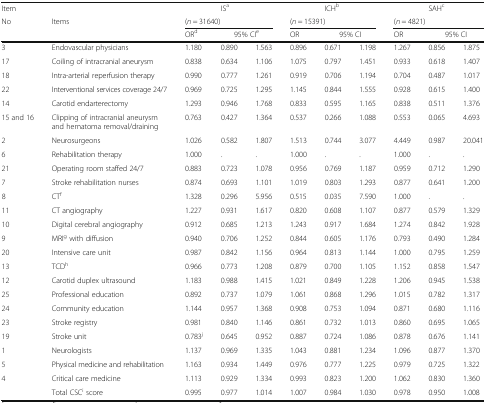
<table><thead><tr><td><b>Item</b></td><td></td><td></td><td><b>IS<sup>a</sup></b></td><td></td><td></td><td><b>ICH<sup>b</sup></b></td><td></td><td></td><td><b>SAH<sup>c</sup></b></td><td></td></tr><tr><td><b>No</b></td><td><b>Items</b></td><td colspan="3"><b>(<i>n</i> = 31640)</b></td><td colspan="3"><b>(<i>n</i> = 15391)</b></td><td colspan="3"><b>(<i>n</i> = 4821)</b></td></tr><tr><td></td><td></td><td><b>OR<sup>d</sup></b></td><td colspan="2"><b>95% CI<sup>e</sup></b></td><td><b>OR</b></td><td colspan="2"><b>95% CI</b></td><td><b>OR</b></td><td colspan="2"><b>95% CI</b></td></tr></thead><tbody><tr><td>3</td><td>Endovascular physicians</td><td>1.180</td><td>0.890</td><td>1.563</td><td>0.896</td><td>0.671</td><td>1.198</td><td>1.267</td><td>0.856</td><td>1.875</td></tr><tr><td>17</td><td>Coiling of intracranial aneurysm</td><td>0.838</td><td>0.634</td><td>1.106</td><td>1.075</td><td>0.797</td><td>1.451</td><td>0.933</td><td>0.618</td><td>1.407</td></tr><tr><td>18</td><td>Intra-arterial reperfusion therapy</td><td>0.990</td><td>0.777</td><td>1.261</td><td>0.919</td><td>0.706</td><td>1.194</td><td>0.704</td><td>0.487</td><td>1.017</td></tr><tr><td>22</td><td>Interventional services coverage 24/7</td><td>0.969</td><td>0.725</td><td>1.295</td><td>1.145</td><td>0.844</td><td>1.555</td><td>0.928</td><td>0.615</td><td>1.400</td></tr><tr><td>14</td><td>Carotid endarterectomy</td><td>1.293</td><td>0.946</td><td>1.768</td><td>0.833</td><td>0.595</td><td>1.165</td><td>0.838</td><td>0.511</td><td>1.376</td></tr><tr><td>15 and 16</td><td>Clipping of intracranial aneurysm and hematoma removal/draining</td><td>0.763</td><td>0.427</td><td>1.364</td><td>0.537</td><td>0.266</td><td>1.088</td><td>0.553</td><td>0.065</td><td>4.693</td></tr><tr><td>2</td><td>Neurosurgeons</td><td>1.026</td><td>0.582</td><td>1.807</td><td>1.513</td><td>0.744</td><td>3.077</td><td>4.449</td><td>0.987</td><td>20.041</td></tr><tr><td>6</td><td>Rehabilitation therapy</td><td>1.000</td><td>.</td><td>.</td><td>1.000</td><td>.</td><td>.</td><td>1.000</td><td>.</td><td>.</td></tr><tr><td>21</td><td>Operating room staffed 24/7</td><td>0.883</td><td>0.723</td><td>1.078</td><td>0.956</td><td>0.769</td><td>1.187</td><td>0.959</td><td>0.712</td><td>1.290</td></tr><tr><td>7</td><td>Stroke rehabilitation nurses</td><td>0.874</td><td>0.693</td><td>1.101</td><td>1.019</td><td>0.803</td><td>1.293</td><td>0.877</td><td>0.641</td><td>1.200</td></tr><tr><td>8</td><td>CT<sup>f</sup></td><td>1.328</td><td>0.296</td><td>5.956</td><td>0.515</td><td>0.035</td><td>7.590</td><td>1.000</td><td>.</td><td>.</td></tr><tr><td>11</td><td>CT angiography</td><td>1.227</td><td>0.931</td><td>1.617</td><td>0.820</td><td>0.608</td><td>1.107</td><td>0.877</td><td>0.579</td><td>1.329</td></tr><tr><td>10</td><td>Digital cerebral angiography</td><td>0.912</td><td>0.685</td><td>1.213</td><td>1.243</td><td>0.917</td><td>1.684</td><td>1.274</td><td>0.842</td><td>1.928</td></tr><tr><td>9</td><td>MRI<sup>g</sup> with diffusion</td><td>0.940</td><td>0.706</td><td>1.252</td><td>0.844</td><td>0.605</td><td>1.176</td><td>0.793</td><td>0.490</td><td>1.284</td></tr><tr><td>20</td><td>Intensive care unit</td><td>0.987</td><td>0.842</td><td>1.156</td><td>0.964</td><td>0.813</td><td>1.144</td><td>1.000</td><td>0.795</td><td>1.259</td></tr><tr><td>13</td><td>TCD<sup>h</sup></td><td>0.966</td><td>0.773</td><td>1.208</td><td>0.879</td><td>0.700</td><td>1.105</td><td>1.152</td><td>0.858</td><td>1.547</td></tr><tr><td>12</td><td>Carotid duplex ultrasound</td><td>1.183</td><td>0.988</td><td>1.415</td><td>1.021</td><td>0.849</td><td>1.228</td><td>1.206</td><td>0.945</td><td>1.538</td></tr><tr><td>25</td><td>Professional education</td><td>0.892</td><td>0.737</td><td>1.079</td><td>1.061</td><td>0.868</td><td>1.296</td><td>1.015</td><td>0.782</td><td>1.317</td></tr><tr><td>24</td><td>Community education</td><td>1.144</td><td>0.957</td><td>1.368</td><td>0.908</td><td>0.753</td><td>1.094</td><td>0.871</td><td>0.680</td><td>1.116</td></tr><tr><td>23</td><td>Stroke registry</td><td>0.981</td><td>0.840</td><td>1.146</td><td>0.861</td><td>0.732</td><td>1.013</td><td>0.860</td><td>0.695</td><td>1.065</td></tr><tr><td>19</td><td>Stroke unit</td><td>0.783<sup>j</sup></td><td>0.645</td><td>0.952</td><td>0.887</td><td>0.724</td><td>1.086</td><td>0.878</td><td>0.676</td><td>1.141</td></tr><tr><td>1</td><td>Neurologists</td><td>1.137</td><td>0.969</td><td>1.335</td><td>1.043</td><td>0.881</td><td>1.234</td><td>1.096</td><td>0.877</td><td>1.370</td></tr><tr><td>5</td><td>Physical medicine and rehabilitation</td><td>1.163</td><td>0.934</td><td>1.449</td><td>0.976</td><td>0.777</td><td>1.225</td><td>0.979</td><td>0.725</td><td>1.322</td></tr><tr><td>4</td><td>Critical care medicine</td><td>1.113</td><td>0.929</td><td>1.334</td><td>0.993</td><td>0.823</td><td>1.200</td><td>1.062</td><td>0.830</td><td>1.360</td></tr><tr><td></td><td>Total CSC<sup>i</sup> score</td><td>0.995</td><td>0.977</td><td>1.014</td><td>1.007</td><td>0.984</td><td>1.030</td><td>0.978</td><td>0.950</td><td>1.008</td></tr></tbody></table>